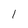
Character: l